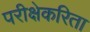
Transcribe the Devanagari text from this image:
परीक्षेकरिता